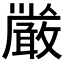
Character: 𭤏